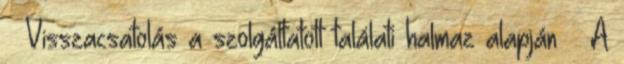
 Visszacsatolás a szolgáltatott találati halmaz alapján  A